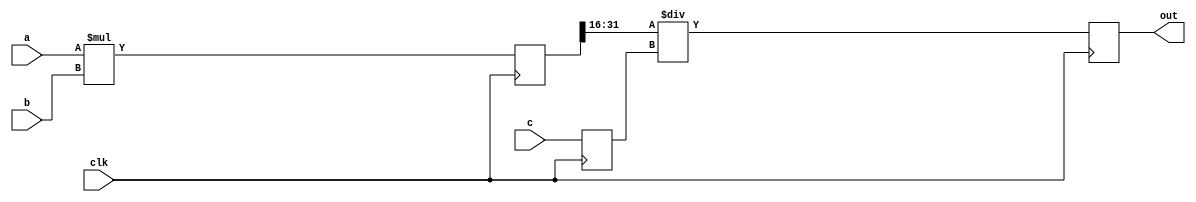
module top(clk,out,a,b,c);
output [15:0]  out;
input  [15:0]  a,b;
input  [15:0]  c;
input          clk;
reg    [31:0]  mul_out; 
reg    [15:0]  out;
reg    [15:0]  c_d;

always @(posedge clk) mul_out=a*b;
always @(posedge clk) c_d=c;
always @(posedge clk) out=mul_out[31:16]/c_d;
   
endmodule